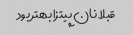
قبلا نان پیتزا بهتر بود